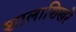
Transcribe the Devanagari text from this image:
शालाशिखरे